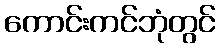
ကောင်းကင်ဘုံတွင်